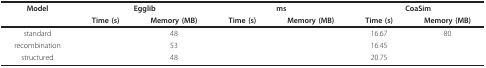
<table><thead><tr><td><b>Model</b></td><td colspan="2"><b>Egglib</b></td><td colspan="2"><b>ms</b></td><td colspan="2"><b>CoaSim</b></td></tr><tr><td>[EMPTY_CELL]</td><td><b>Time (s)</b></td><td><b>Memory (MB)</b></td><td><b>Time (s)</b></td><td><b>Memory (MB)</b></td><td><b>Time (s)</b></td><td><b>Memory (MB)</b></td></tr></thead><tbody><tr><td>standard</td><td>[EMPTY_CELL]</td><td>48</td><td>[EMPTY_CELL]</td><td>[EMPTY_CELL]</td><td>16.67</td><td>80</td></tr><tr><td>recombination</td><td>[EMPTY_CELL]</td><td>53</td><td>[EMPTY_CELL]</td><td>[EMPTY_CELL]</td><td>16.45</td><td>[EMPTY_CELL]</td></tr><tr><td>structured</td><td>[EMPTY_CELL]</td><td>48</td><td>[EMPTY_CELL]</td><td>[EMPTY_CELL]</td><td>20.75</td><td>[EMPTY_CELL]</td></tr></tbody></table>